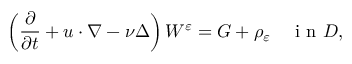
\left( \frac { \partial } { \partial t } + u \cdot \nabla - \nu \Delta \right) W ^ { \varepsilon } = G + \rho _ { \varepsilon } \quad \textrm { i n } D ,